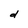
Character: d